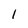
Character: 1